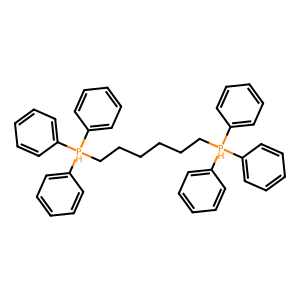
SMILES: c1ccc([PH](CCCCCC[PH](c2ccccc2)(c2ccccc2)c2ccccc2)(c2ccccc2)c2ccccc2)cc1
Inhibits HIV replication: No